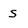
Character: s